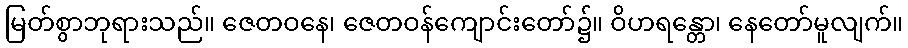
မြတ်စွာဘုရားသည်။ ဇေတဝနေ၊ ဇေတဝန်ကျောင်းတော်၌။ ဝိဟရန္တော၊ နေတော်မူလျက်။